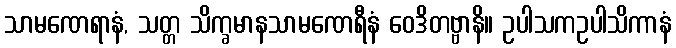
သာမဏေရာနံ, သတ္တ သိက္ခမာနသာမဏေရီနံ ဝေဒိတဗ္ဗာနိ။ ဥပါသကဥပါသိကာနံ